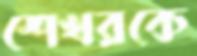
শেখরকে